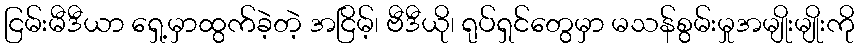
ငြမ်းမီဒီယာ ရှေ့မှာထွက်ခဲ့တဲ့ အငြိမ့်၊ ဗီဒီယို၊ ရုပ်ရှင်တွေမှာ မသန်စွမ်းမှုအမျိုးမျိုးကို